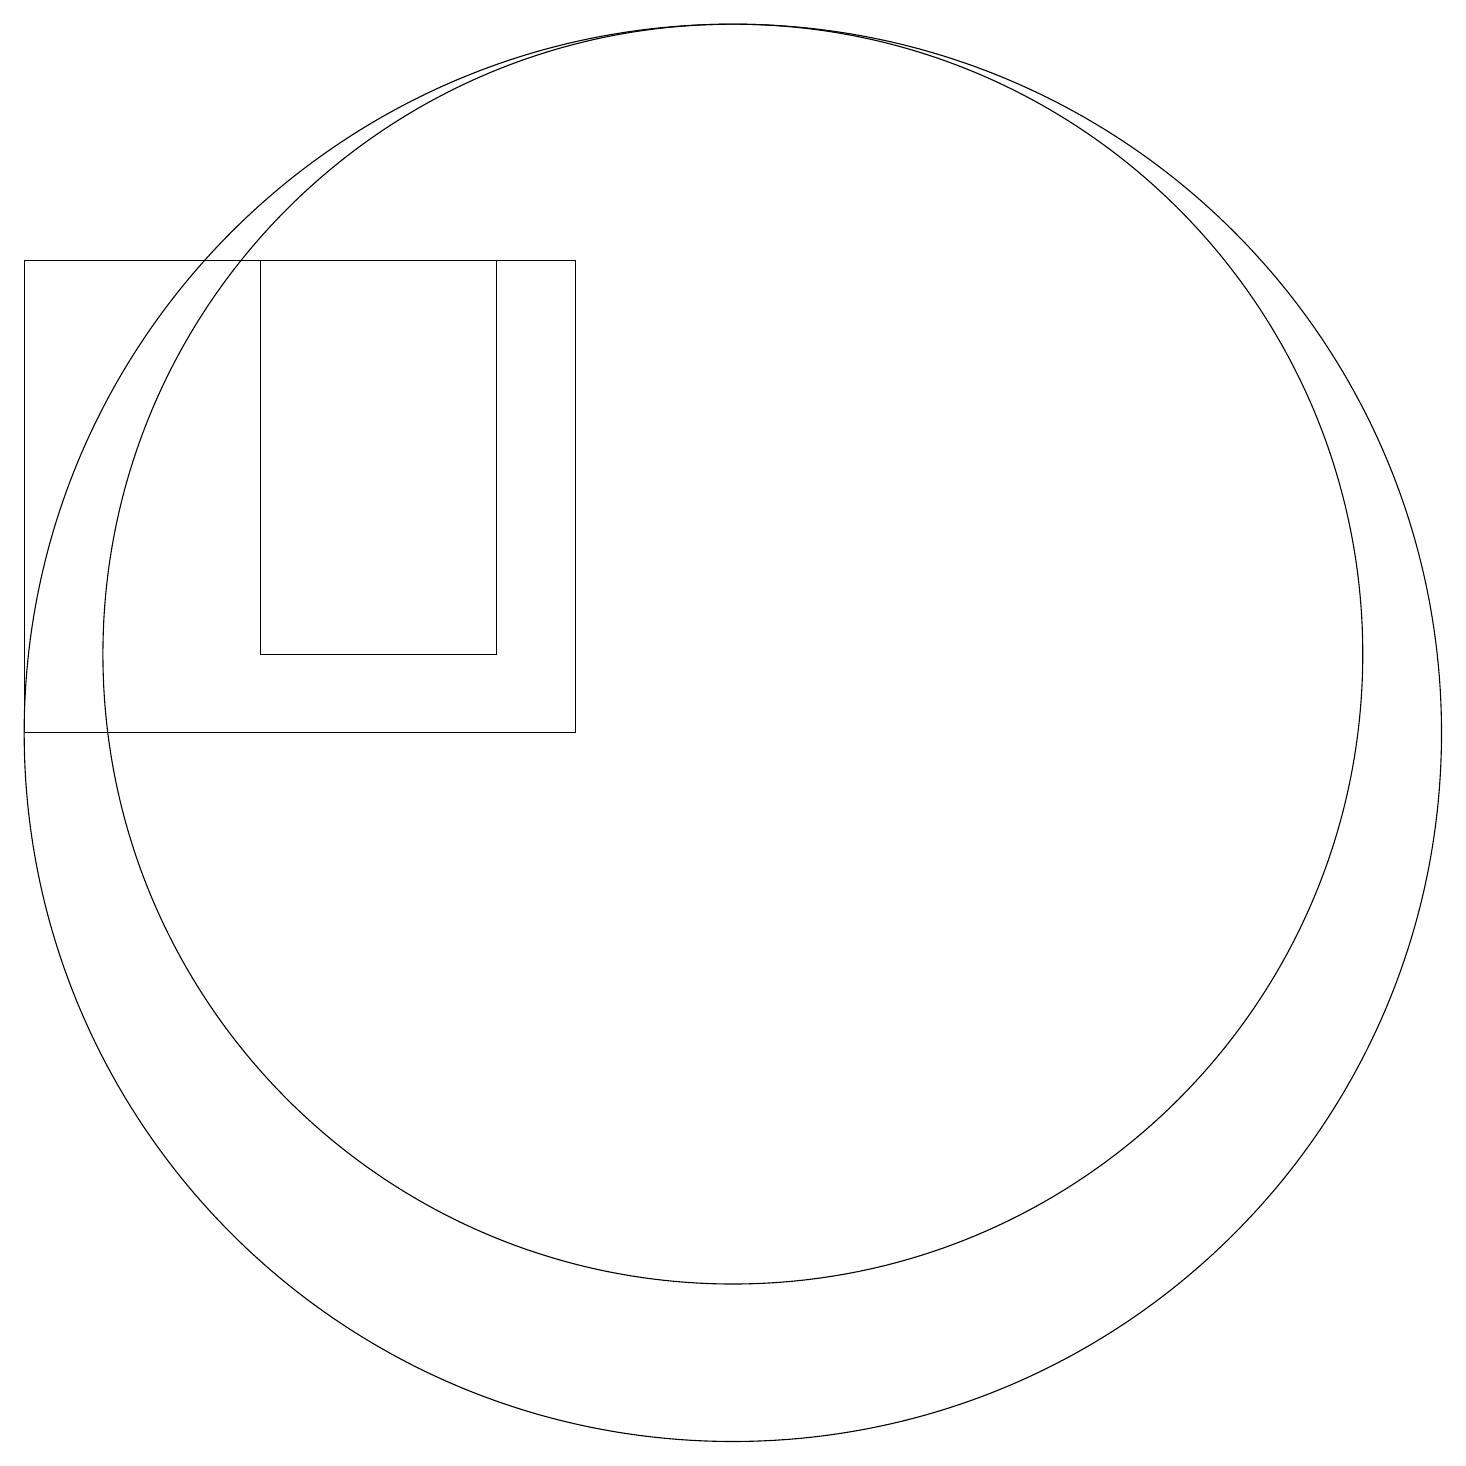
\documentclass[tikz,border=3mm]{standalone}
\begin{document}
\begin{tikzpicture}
\draw (8,10) rectangle (1,16);
\draw (10,11) circle (8);
\draw (10,10) circle (9);
\draw (4,16) rectangle (7,11);
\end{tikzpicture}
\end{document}